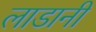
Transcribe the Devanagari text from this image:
लाडानी